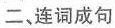
二、连词成句